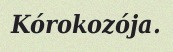
Kórokozója.